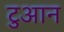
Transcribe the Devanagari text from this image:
टुआन